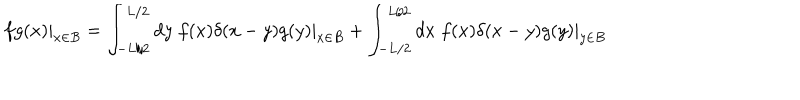
f g ( x ) | _ { x \in B } = \int _ { - L / 2 } ^ { L / 2 } d y \; f ( x ) \delta ( x - y ) g ( y ) | _ { x \in B } + \int _ { - L / 2 } ^ { L / 2 } d x \; f ( x ) \delta ( x - y ) g ( y ) | _ { y \in B }